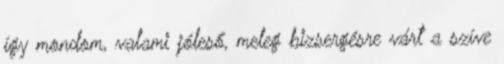
így mondom, valami jóleső, meleg bizsergésre várt a szíve